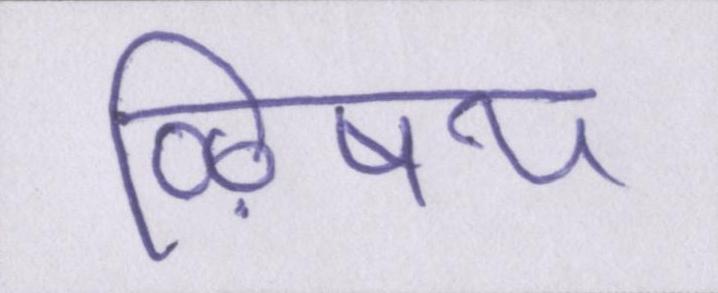
ऴिषय